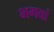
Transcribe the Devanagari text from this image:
भगवां